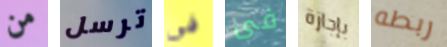
من ترسل فى فى بإجازة ربطه